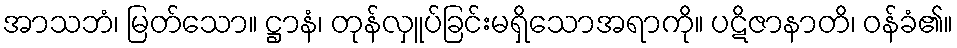
အာသဘံ၊ မြတ်သော။ ဋ္ဌာနံ၊ တုန်လှူပ်ခြင်းမရှိသောအရာကို။ ပဋိဇာနာတိ၊ ဝန်ခံ၏။